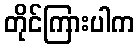
တိုင်ကြားပါက